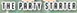
THE PARTY STARTEA